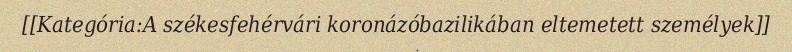
[[Kategória:A székesfehérvári koronázóbazilikában eltemetett személyek]]